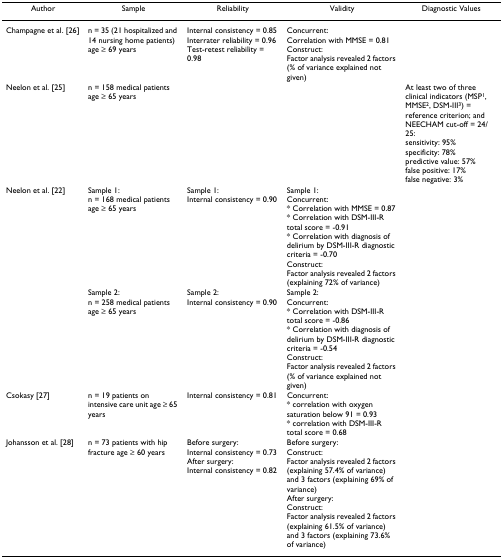
<table><thead><tr><td><b>Author</b></td><td><b>Sample</b></td><td><b>Reliability</b></td><td><b>Validity</b></td><td><b>Diagnostic Values</b></td></tr></thead><tbody><tr><td>Champagne et al. [26]</td><td>n = 35 (21 hospitalized and 14 nursing home patients) age ≥ 69 years</td><td>Internal consistency = 0.85Interrater reliability = 0.96Test-retest reliability = 0.98</td><td>Concurrent:Correlation with MMSE = 0.81Construct:Factor analysis revealed 2 factors (% of variance explained not given)</td><td></td></tr><tr><td>Neelon et al. [25]</td><td>n = 158 medical patients age ≥ 65 years</td><td></td><td></td><td>At least two of three clinical indicators (MSP<sup>1</sup>, MMSE<sup>2</sup>, DSM-III<sup>3</sup>) = reference criterion; and NEECHAM cut-off = 24/25:sensitivity: 95%specificity: 78%predictive value: 57%false positive: 17%false negative: 3%</td></tr><tr><td>Neelon et al. [22]</td><td>Sample 1:n = 168 medical patients age ≥ 65 years</td><td>Sample 1:Internal consistency = 0.90</td><td>Sample 1:Concurrent:* Correlation with MMSE = 0.87* Correlation with DSM-III-R total score = -0.91* Correlation with diagnosis of delirium by DSM-III-R diagnostic criteria = -0.70Construct:Factor analysis revealed 2 factors (explaining 72% of variance)</td><td></td></tr><tr><td></td><td>Sample 2:n = 258 medical patients age ≥ 65 years</td><td>Sample 2:Internal consistency = 0.90</td><td>Sample 2:Concurrent:* Correlation with DSM-III-R total score = -0.86* Correlation with diagnosis of delirium by DSM-III-R diagnostic criteria = -0.54Construct:Factor analysis revealed 2 factors (% of variance explained not given)</td><td></td></tr><tr><td>Csokasy [27]</td><td>n = 19 patients on intensive care unit age ≥ 65 years</td><td>Internal consistency = 0.81</td><td>Concurrent:* correlation with oxygen saturation below 91 = 0.93* correlation with DSM-III-R total score = 0.68</td><td></td></tr><tr><td>Johansson et al. [28]</td><td>n = 73 patients with hip fracture age ≥ 60 years</td><td>Before surgery:Internal consistency = 0.73After surgery:Internal consistency = 0.82</td><td>Before surgery:Construct:Factor analysis revealed 2 factors (explaining 57.4% of variance) and 3 factors (explaining 69% of variance)After surgery:Construct:Factor analysis revealed 2 factors (explaining 61.5% of variance) and 3 factors (explaining 73.6% of variance)</td><td></td></tr></tbody></table>